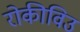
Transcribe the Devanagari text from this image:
रोकीविउ